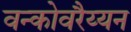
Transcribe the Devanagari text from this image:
वन्कोवरैय्यन